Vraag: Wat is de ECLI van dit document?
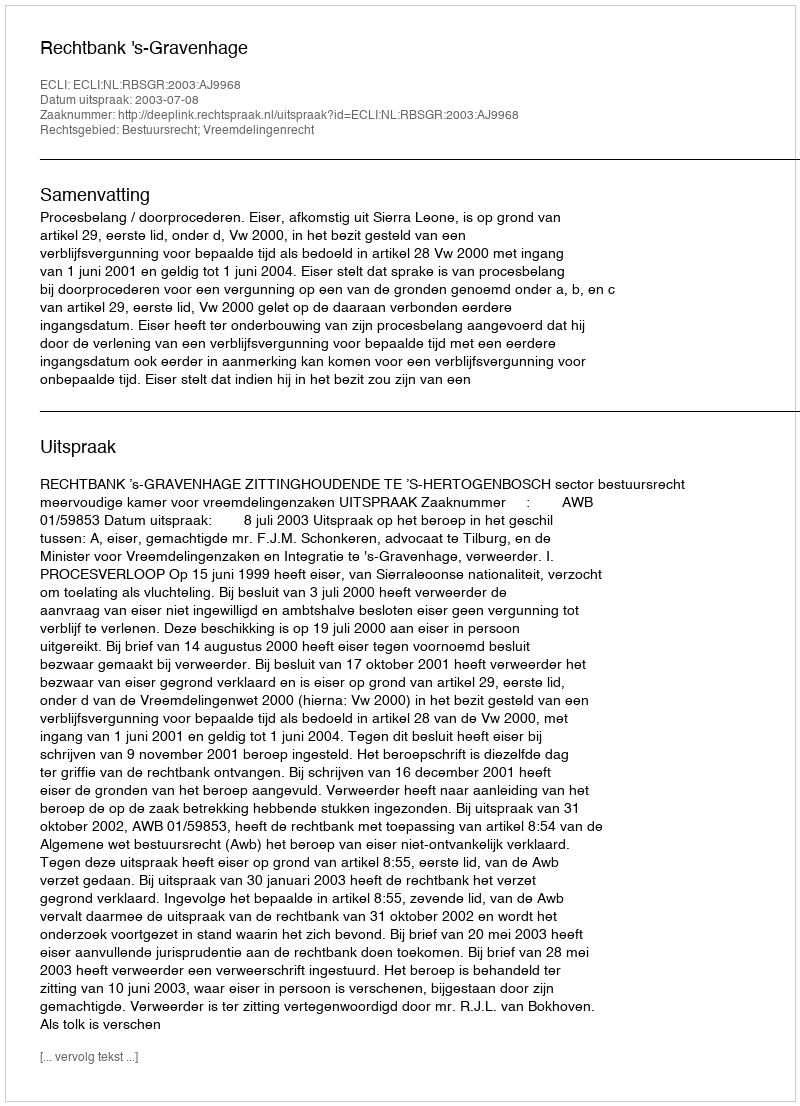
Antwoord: ECLI:NL:RBSGR:2003:AJ9968